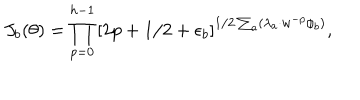
LaTeX: J _ { b } ( \theta ) = \prod _ { p = 0 } ^ { h - 1 } \left[ 2 p + 1 / 2 + \epsilon _ { b } \right] ^ { 1 / 2 \sum _ { a } ( \lambda _ { a } \cdot w ^ { - p } \phi _ { b } ) } ,